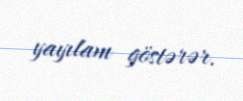
yayılam göstərər.